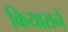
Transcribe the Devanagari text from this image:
कियाराने